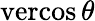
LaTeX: \operatorname{vercos}\theta